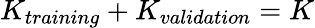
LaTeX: K_{training}+K_{validation}=K